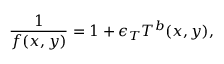
\frac { 1 } { f ( x , y ) } = 1 + \epsilon _ { T } T ^ { b } ( x , y ) ,